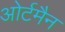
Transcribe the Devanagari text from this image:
ओर्टमैन